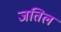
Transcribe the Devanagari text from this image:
जतिल